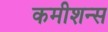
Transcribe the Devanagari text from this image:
कमीशन्स